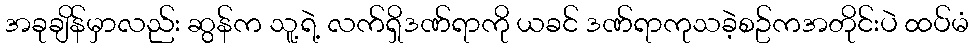
အခုချိန်မှာလည်း ဆွန်က သူ့ရဲ့ လက်ရှိဒဏ်ရာကို ယခင် ဒဏ်ရာကုသခဲ့စဥ်ကအတိုင်းပဲ ထပ်မံ